Lunatic asylums in Bengal annual reports 1899-1911 - 1899-1911
Year: 1899
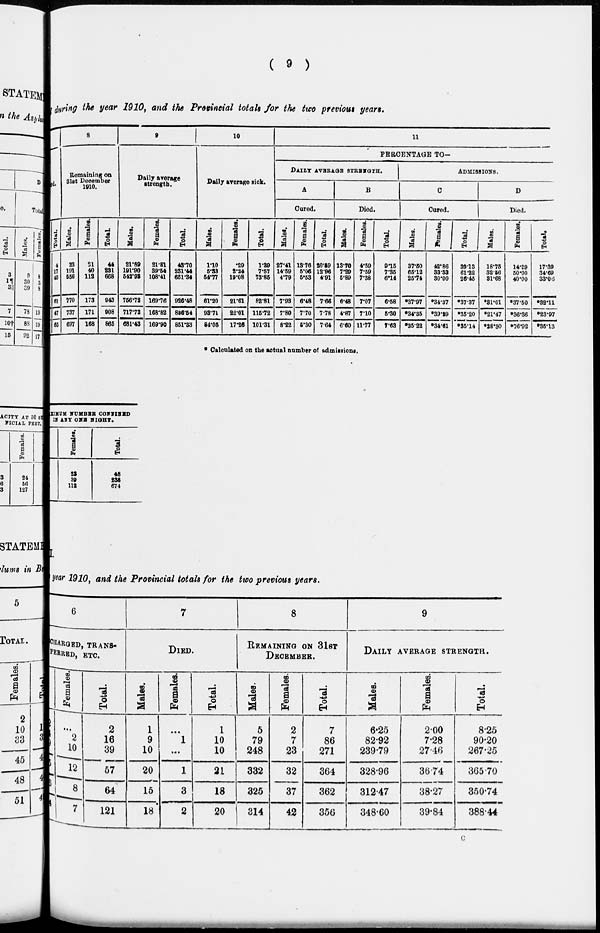
( 9 )
during the year 1910, and the Provincial totals for the two previous years.
ed.
Total.
4
17
40
61
47
65
8
Remaining on
31st December
1910.
Males.
23
191
556
770
737
697
Females.
21
40
112
173
171
168
Total
44
231
668
943
908
865
9
Daily arerage
strength.
Males.
21.89
191.90
542.93
756.72
717.72
681.43
Females.
21.81
39.54
108.41
169.76
168.82
169.90
Total.
43.70
231.44
651.34
926.48
826.54
851.33
10
Daily average sick.
Males.
1.10
5.33
54.77
61.20
93.71
84.05
Females.
.29
2.24
19.08
21.61
22.01
17.26
Total.
1.39
7.57
73.85
82.81
115.72
101.31
11
PERCENTAGE TO—
DAILY
AVERAGE
STRENGHT.
A
Cured.
Males.
27.41
14.59
4.79
7.93
7.80
8.22
Females.
13.76
5.06
5.53
6.48
7.70
5.30
Total.
20.59
12.96
4.91
7.66
7.78
7.64
B
Died.
Males.
13.70
7.29
5.89
6.48
4.87
6.60
Females.
4.59
7.59
7.38
7.07
7.10
11.77
Total.
9.15
7.35
6.14
6.58
5.30
7.63
ADMISSIONS.
C
Cured.
Males.
37.50
65.12
25.74
*37.97
*34.35
*35.22
Females.
42.86
33.33
30.00
*34.37
*39.29
*34.61
Total.
39.13
61.22
26.45
*37.37
*35.20
*35.14
D
Died.
Males.
18.75
32.56
31.68
*31.01
*21.47
*28.30
Females.
14.29
50.00
40.00
*37.50
*36.36
*76.92
Total.
17.39
34.69
33.06
*32.11
*23.97
*35.13
* Calculated on the actual number of admissions.
XIMUM NUMBER CONFINED
IN ANY ONE NIGHT.
Female..
23
39
112
Total.
48
238
674
T.
year 1910, and the Provincial totals for the two previous years.
6
CHARGED, TRANS-
----ED, ETC.
Males.
2
14
29
45
56
114
Females.
...
2
10
12
8
7
Total.
2
16
39
57
64
121
7
DIED.
Males.
1
9
10
20
15
18
Females.
...
1
...
1
3
2
Total.
1
10
10
21
18
20
8
REMAINING ON 31ST
DECEMBER.
Males.
5
79
248
332
325
314
Females.
2
7
23
32
37
42
Total.
7
86
271
364
362
356
9
DAILY AVERAGE STRENGTH.
Males.
6.25
82.92
239.79
328.96
312.47
348.60
Females.
2.00
7.28
27.46
36.74
38.27
39.84
Total.
8.25
90.20
267.25
365.70
350.74
388.44
C